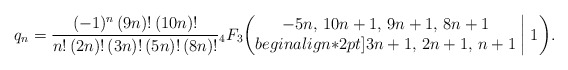
\begin{align*}q_n=\frac{(-1)^n\,(9n)!\,(10n)!}{n!\,(2n)!\,(3n)!\,(5n)!\,(8n)!}{}_4F_3\biggl(\begin{matrix} -5n, \, 10n+1, \, 9n+1, \, 8n+1 \\begin{align*}2pt]3n+1, \, 2n+1, \, n+1 \end{matrix}\biggm|1\biggr).\end{align*}